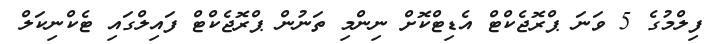
ފިލްމުގެ 5 ވަނަ ޕްރޮޖެކްޓް އެޑިޓްކޮށް ނިންމި ތަނުން ޕްރޮޖެކްޓް ފައިލްގައި ޓެކްނިކަލް